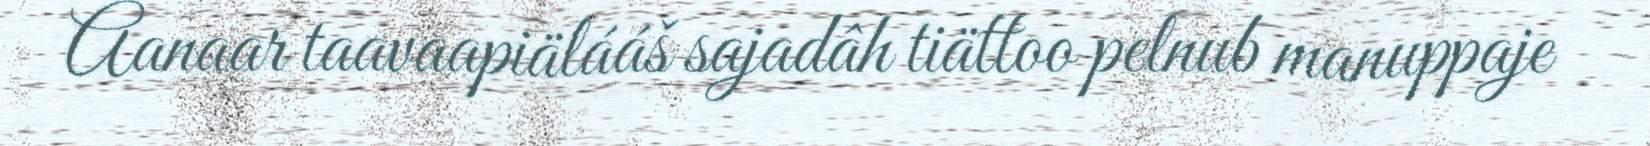
Aanaar taavaapiälááš sajadâh tiättoo pelnub manuppaje